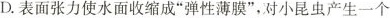
D.表面张力使水面收缩成”弹性薄膜”，对小昆虫产生一个